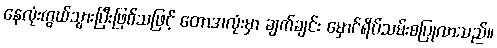
နေလုံးကွယ်သွားပြီးဖြစ်သဖြင့် တောအလုံးမှာ ချက်ချင်း မှောင်ရိပ်သမ်းစပြုလာသည်။